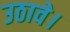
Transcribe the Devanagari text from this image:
उठावे।